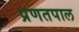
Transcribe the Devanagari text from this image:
प्रणतपाल